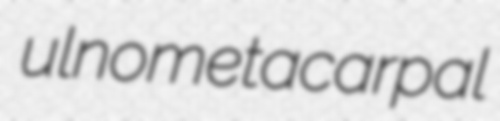
ulnometacarpal